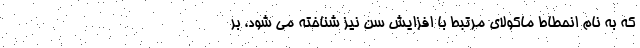
که به نام انحطاط ماکولای مرتبط با افزایش سن نیز شناخته می شود، بر